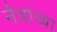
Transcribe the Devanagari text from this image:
नेत्रांच्या